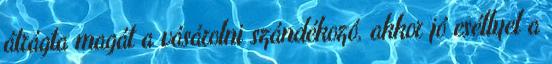
átrágta magát a vásárolni szándékozó, akkor jó eséllyel a